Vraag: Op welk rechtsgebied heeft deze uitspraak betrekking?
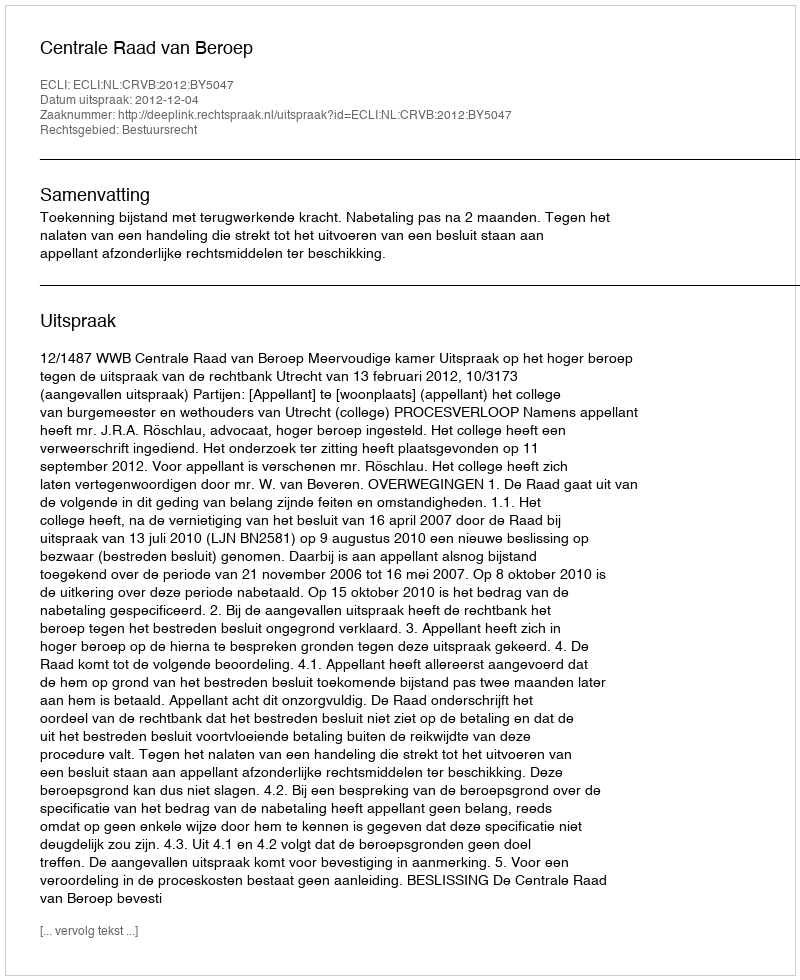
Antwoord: Bestuursrecht